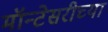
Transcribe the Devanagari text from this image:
मॉन्टेसरीच्या